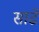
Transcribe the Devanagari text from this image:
साढें